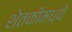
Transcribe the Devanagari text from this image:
शेतकीमध्ये